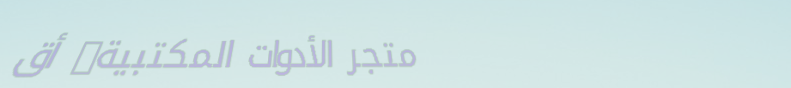
متجر الأدوات المكتبية: أق